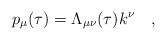
LaTeX: \begin{align*}p_{\mu }(\tau ) = \Lambda _{\mu \nu} (\tau ) k^{\nu }~~~,\end{align*}